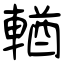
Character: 輶